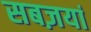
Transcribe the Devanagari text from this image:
सबज़यां